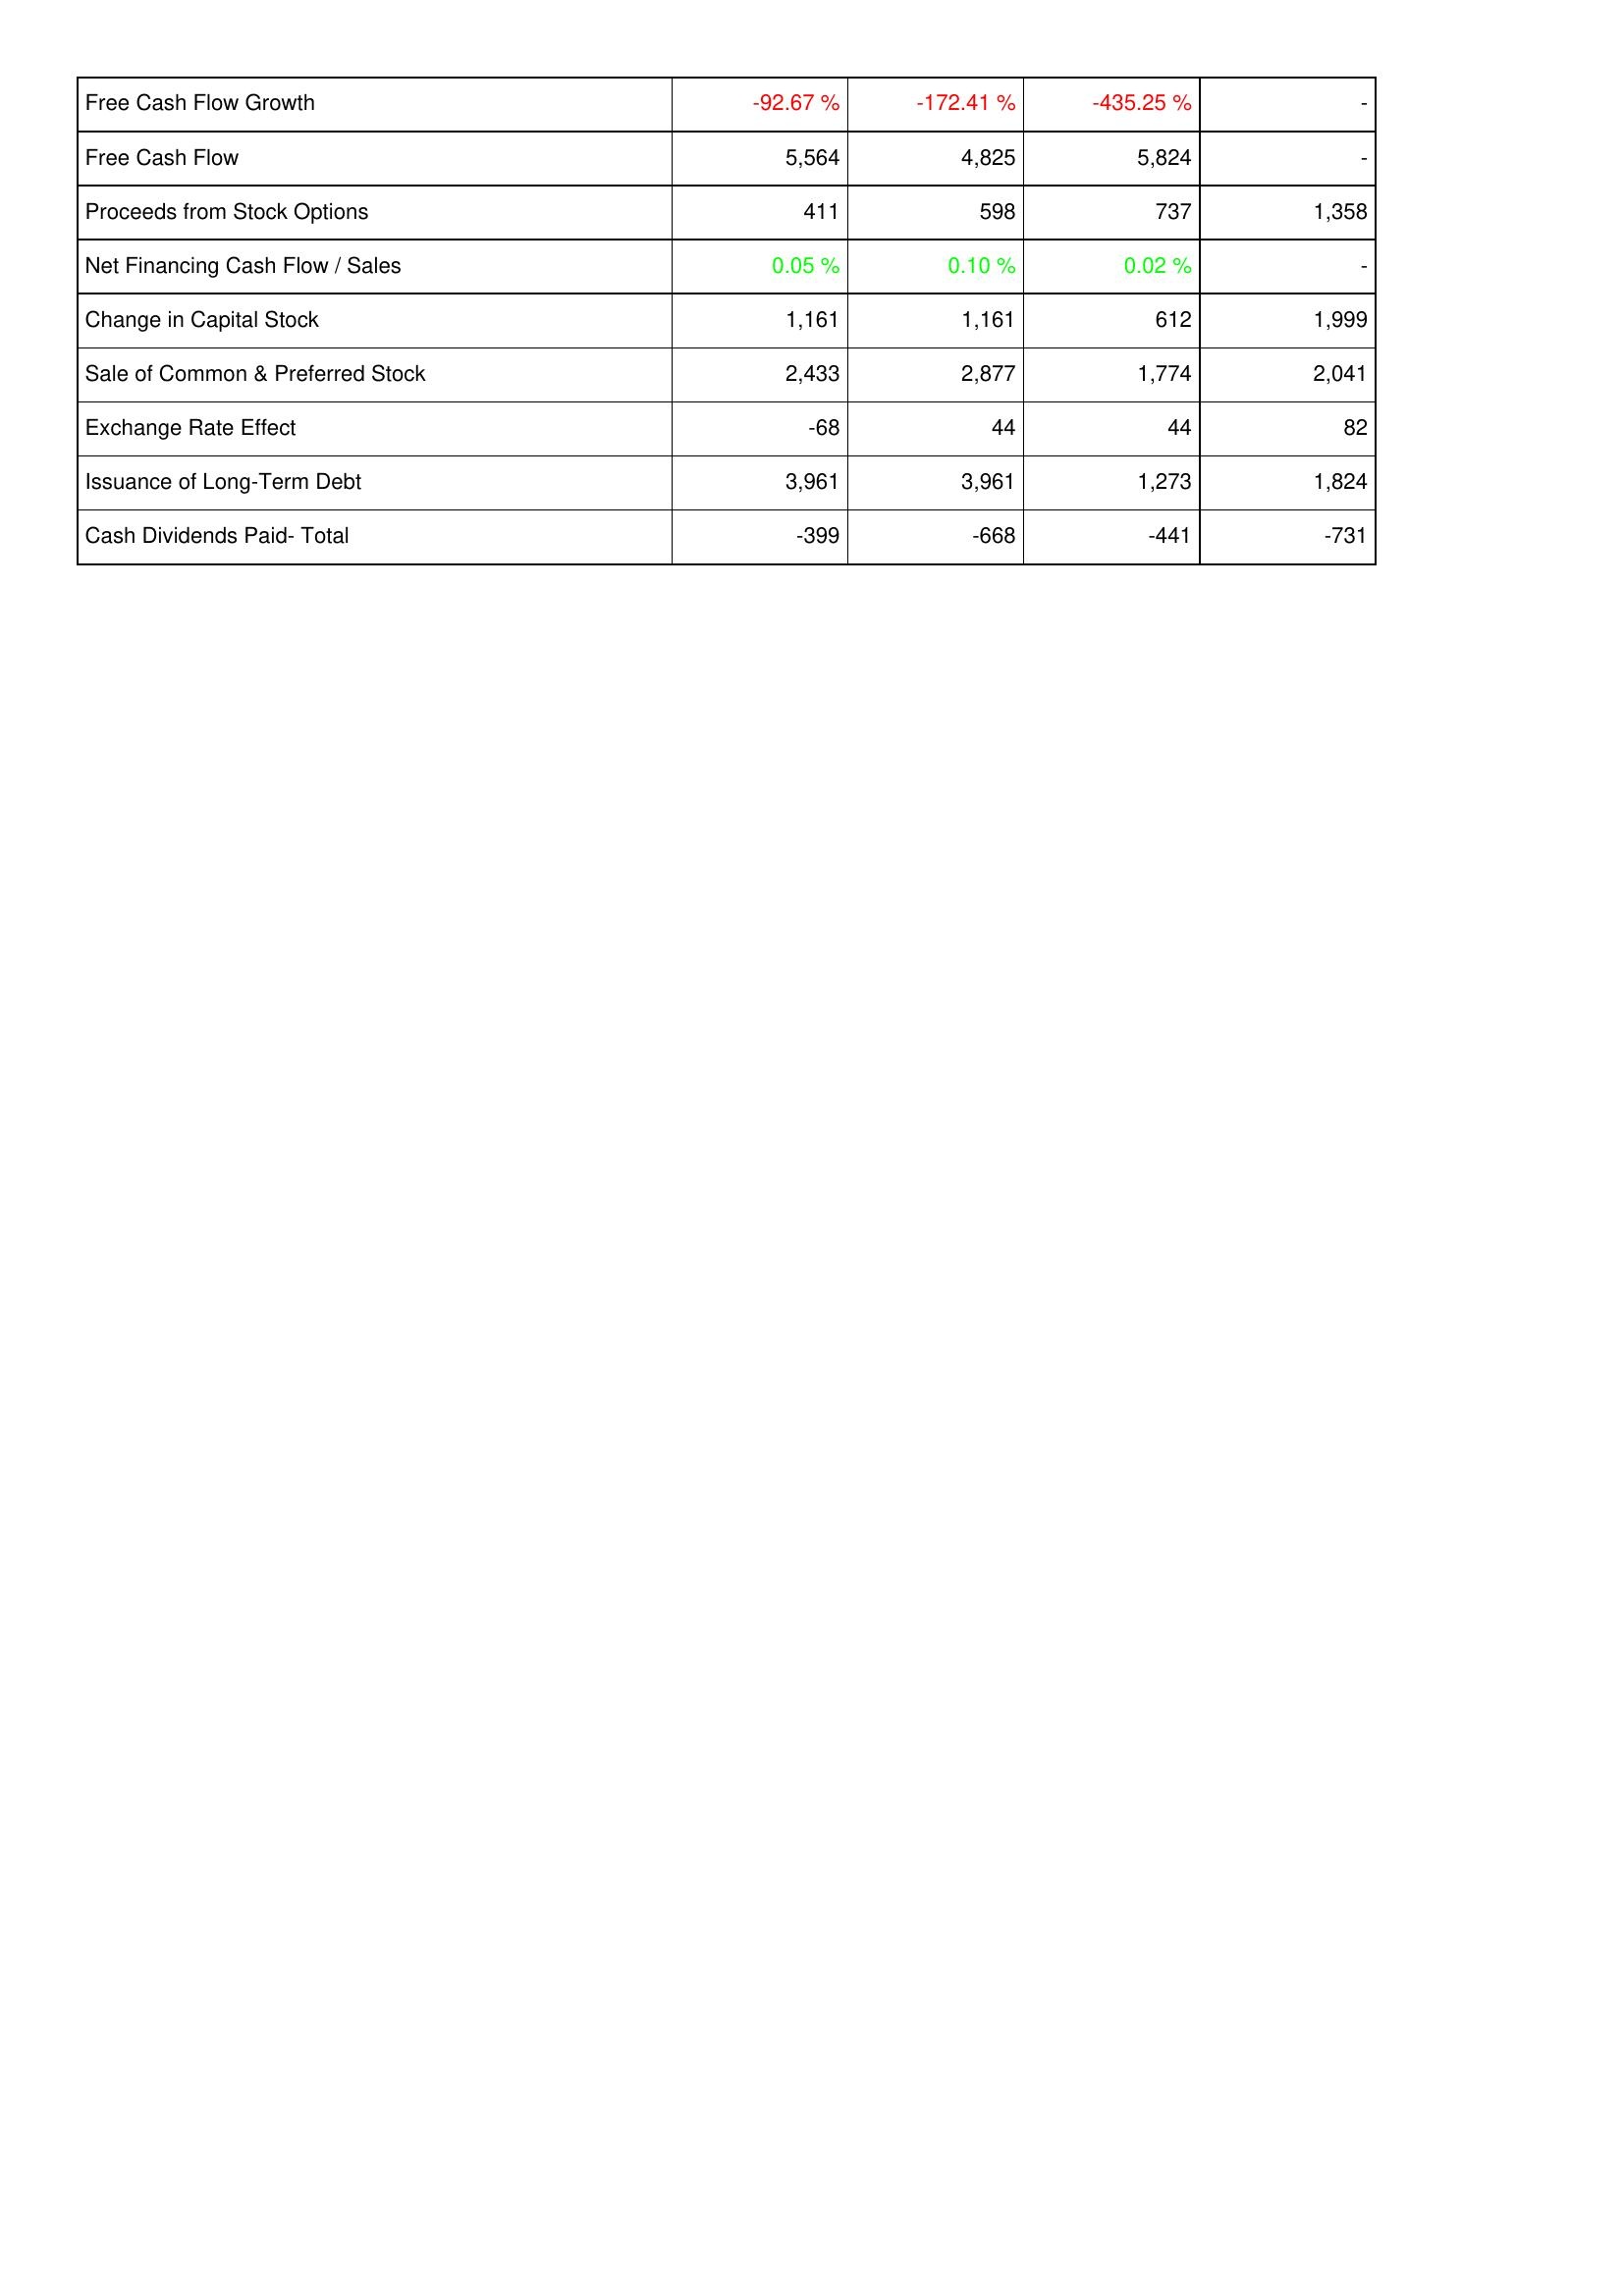
2005: Financing Activities: Free Cash Flow Growth: -92.67 %
Free Cash Flow: 5,564
Proceeds from Stock Options: 411
Net Financing Cash Flow / Sales: 0.05 %
Change in Capital Stock: 1,161
Sale of Common & Preferred Stock: 2,433
Exchange Rate Effect: -68
Issuance of Long-Term Debt: 3,961
Cash Dividends Paid- Total: -399
2006: Financing Activities: Free Cash Flow Growth: -172.41 %
Free Cash Flow: 4,825
Proceeds from Stock Options: 598
Net Financing Cash Flow / Sales: 0.10 %
Change in Capital Stock: 1,161
Sale of Common & Preferred Stock: 2,877
Exchange Rate Effect: 44
Issuance of Long-Term Debt: 3,961
Cash Dividends Paid- Total: -668
2007: Financing Activities: Free Cash Flow Growth: -435.25 %
Free Cash Flow: 5,824
Proceeds from Stock Options: 737
Net Financing Cash Flow / Sales: 0.02 %
Change in Capital Stock: 612
Sale of Common & Preferred Stock: 1,774
Exchange Rate Effect: 44
Issuance of Long-Term Debt: 1,273
Cash Dividends Paid- Total: -441
2008: Financing Activities: Free Cash Flow Growth: -
Free Cash Flow: -
Proceeds from Stock Options: 1,358
Net Financing Cash Flow / Sales: -
Change in Capital Stock: 1,999
Sale of Common & Preferred Stock: 2,041
Exchange Rate Effect: 82
Issuance of Long-Term Debt: 1,824
Cash Dividends Paid- Total: -731